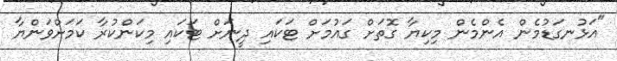
"އަޅުނގަޑުމެން އެންމެން މިކިޔާ ގޮތަށް ގައުމަށް ޓަކައި ދީނަށް ޓަކައި މިކަންކުރާ ކަމަށްވަންޔާ